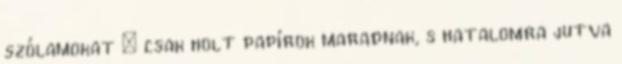
szólamokat – csak holt papírok maradnak, s hatalomra jutva